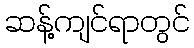
ဆန့်ကျင်ရာတွင်